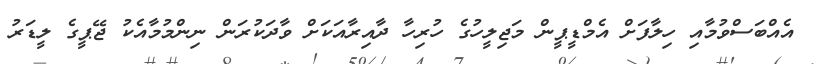
އެއްބަސްވުމާއި ހިލާފަށް އެމްޑީޕީން މަޖިލީހުގެ ހުރިހާ ދާއިރާއަކަށް ވާދަކުރަން ނިންމުމާއެކު ޖޭޕީގެ ލީޑަރު